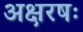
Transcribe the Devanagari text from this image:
अक्षरषः